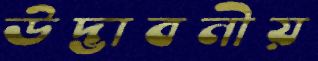
উদ্ভাবনীয়